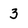
Character: 3